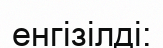
енгізілді: